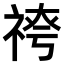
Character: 𥚓